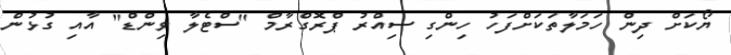
ޔޯކަށް ދިން ހަމަލާތަކަށްފަހު ހިންގި ސިއްރު ޕްރޮގްރާމް "ސްޓެލާ ވިންޑް" އާއި ގުޅުން